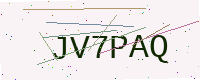
Text: JV7PAQ